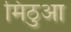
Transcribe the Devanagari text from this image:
मिठुआ